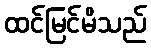
ထင်မြင်မိသည်